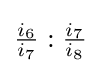
{\tfrac {i_{6}}{i_{7}}}:{\tfrac {i_{7}}{i_{8}}}